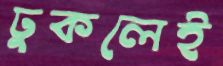
ঢুকলেই